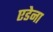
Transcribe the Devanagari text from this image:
एडेना